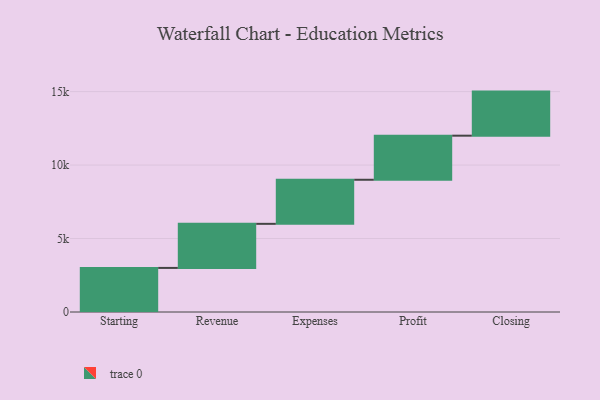
{"axis": {"x": "Step", "y": "Value"}, "legend": [""], "data": [{"x": "Starting", "y": 3000, "type": ""}, {"x": "Revenue", "y": 3000, "type": ""}, {"x": "Expenses", "y": 3000, "type": ""}, {"x": "Profit", "y": 3000, "type": ""}, {"x": "Closing", "y": 3000, "type": ""}]}